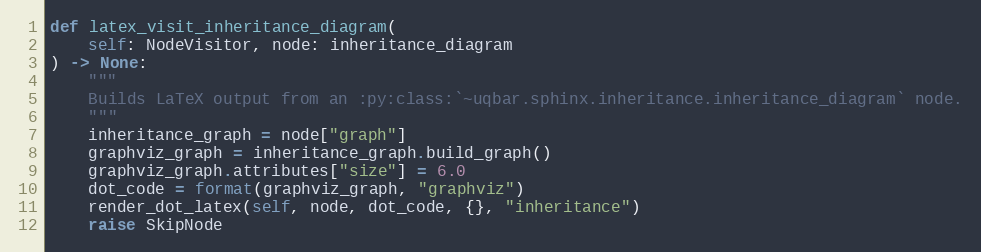
Language: Python
def latex_visit_inheritance_diagram(
    self: NodeVisitor, node: inheritance_diagram
) -> None:
    """
    Builds LaTeX output from an :py:class:`~uqbar.sphinx.inheritance.inheritance_diagram` node.
    """
    inheritance_graph = node["graph"]
    graphviz_graph = inheritance_graph.build_graph()
    graphviz_graph.attributes["size"] = 6.0
    dot_code = format(graphviz_graph, "graphviz")
    render_dot_latex(self, node, dot_code, {}, "inheritance")
    raise SkipNode